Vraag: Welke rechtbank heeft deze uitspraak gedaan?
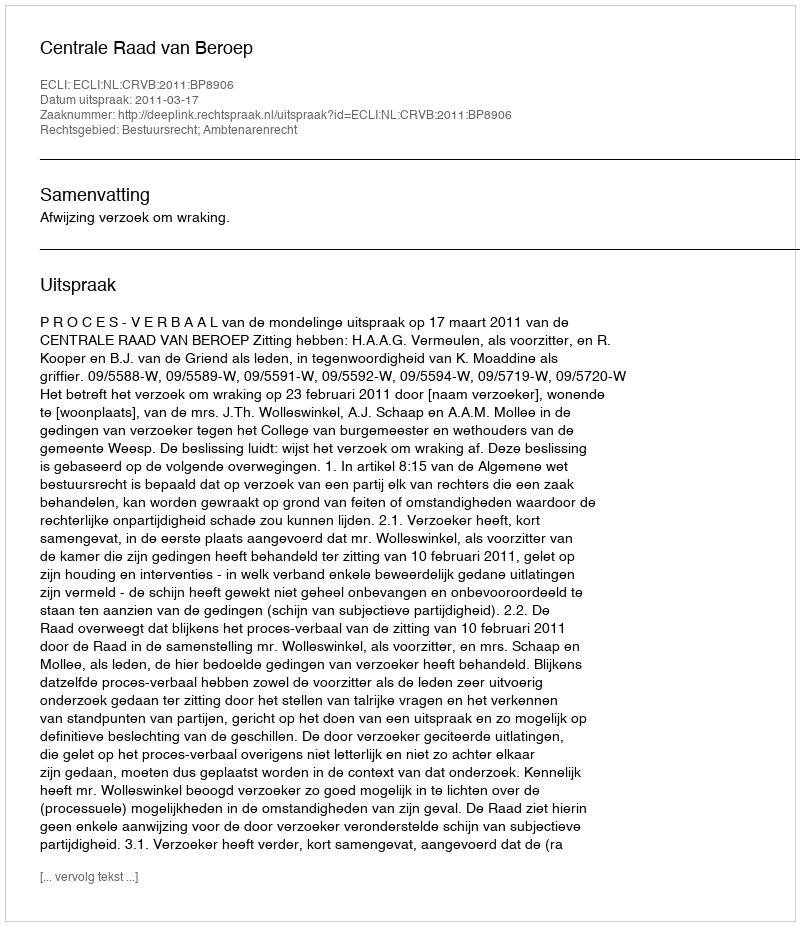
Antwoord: Centrale Raad van Beroep